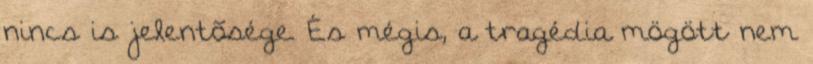
nincs is jelentõsége. És mégis, a tragédia mögött nem